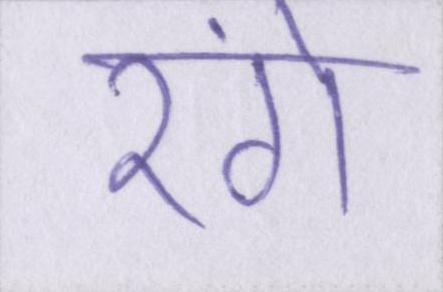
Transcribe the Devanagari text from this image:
रंगे